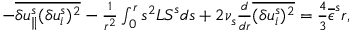
\begin{array} { r } { - \overline { { \delta u _ { \parallel } ^ { s } ( \delta u _ { i } ^ { s } ) ^ { 2 } } } - \frac { 1 } { r ^ { 2 } } \int _ { 0 } ^ { r } s ^ { 2 } { \cal L S } ^ { s } d s + 2 \nu _ { s } \frac { d } { d r } \overline { { ( \delta u _ { i } ^ { s } ) ^ { 2 } } } = \frac { 4 } { 3 } \overline { { \epsilon } } ^ { s } r , } \end{array}